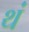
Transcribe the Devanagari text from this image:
थं